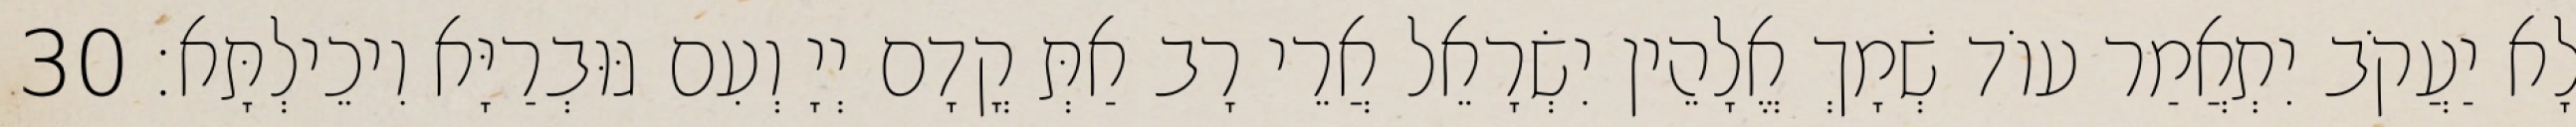
לָא יַעֲקֹב יִתְאֲמַר עוֹד שְׁמָךְ אֱלָהֵין יִשְׂרָאֵל אֲרֵי רָב אַתְּ קֳדָם יְיָ וְעִם גּוּבְרַיָּא וִיכֵילְתָּא׃ 30